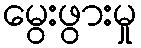
မွေးဖွားမှု